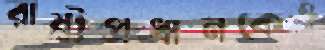
রাষ্ট্রপ্রধানকেও